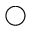
\bigcirc